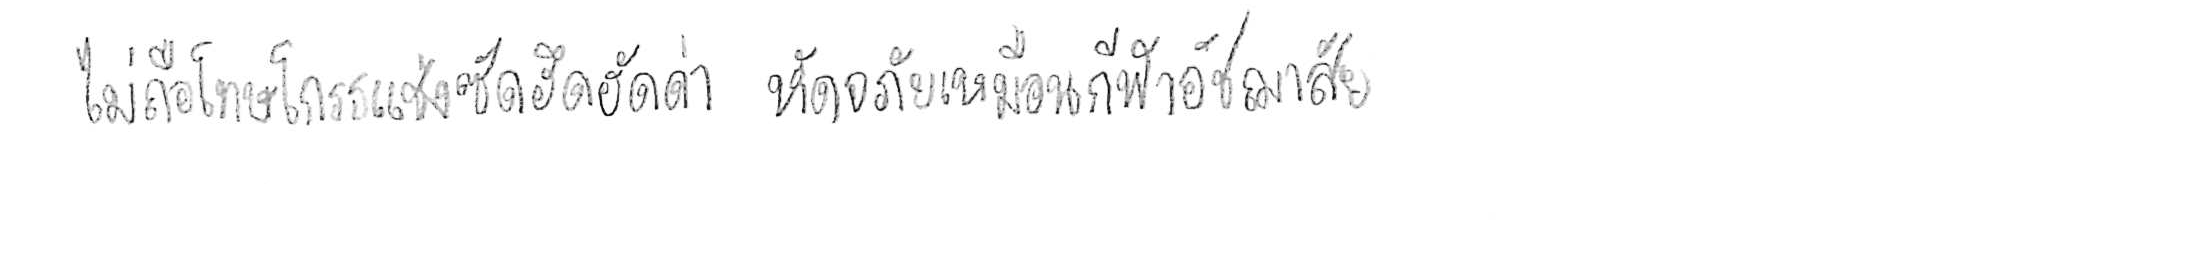
ไม่ถือโทษโกรธแช่งซัดฮึดฮัดด่า หัดอภัยเหมือนกีฬาอัชฌาสัย